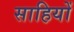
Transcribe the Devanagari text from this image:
साहियों